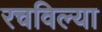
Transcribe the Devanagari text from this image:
रचविल्या